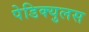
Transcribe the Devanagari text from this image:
पेडिक्युलस